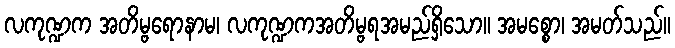
လကုဏ္ဍက အတိမ္ဗရောနာမ၊ လကုဏ္ဍကအတိမ္ဗရအမည်ရှိသော။ အမစ္စော၊ အမတ်သည်။